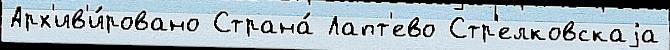
Арх'ив'и́ровано Страна́ Лапт'ево Стр'елковскаjа